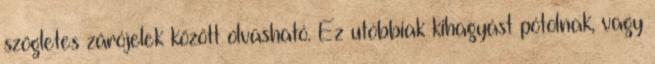
szögletes zárójelek között olvasható. Ez utóbbiak kihagyást pótolnak, vagy